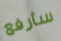
سأرفع